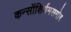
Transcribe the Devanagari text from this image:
कन्सॉशिर्यमसमोर